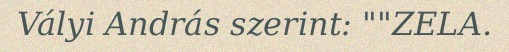
Vályi András szerint: ""ZELA.